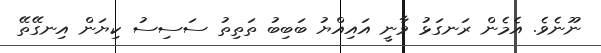
ނޫނެވެ. އެމެން ރަނގަޅު ވާނީ އައިއްޔު ބަބިބު ތަތިތު ސަސިސު ކިޔަން އިނގޭތޭ